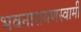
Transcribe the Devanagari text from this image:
भवनारायणस्‍वामी